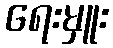
ရေးမှူး